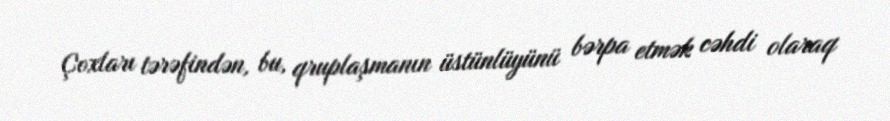
Çoxları tərəfindən, bu, qruplaşmanın üstünlüyünü bərpa etmək cəhdi olaraq